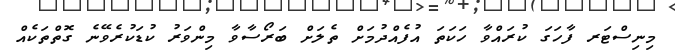
މިނިސްޓަރ ފާހަގަ ކުރައްވާ ހަކަތަ އުފެއްދުމަށް ތެލަށް ބަރޯސާވާ މިންވަރު ކުޑަކުރެވޭނެ ގޮތްތަކެއް